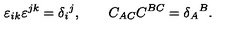
\varepsilon _ { i k } \varepsilon ^ { j k } = \delta _ { i } { } ^ { j } , \qquad C _ { A C } C ^ { B C } = \delta _ { A } { } ^ { B } .